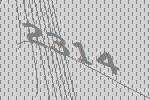
2314